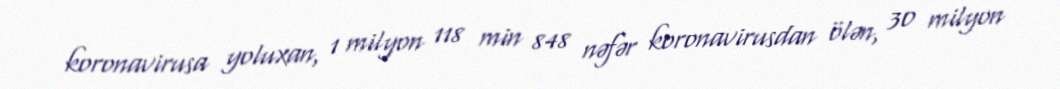
koronavirusa yoluxan, 1 milyon 118 min 848 nəfər koronavirusdan ölən, 30 milyon